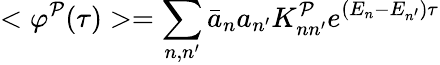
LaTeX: <\varphi^{\mathcal{P}}(\tau)>=\sum_{n,n^{\prime}}\bar{{a}}_{n}a_{n^{\prime}}K_{nn^{\prime}}^{\mathcal{P}}e^{(E_{n}-E_{n^{\prime}})\tau}